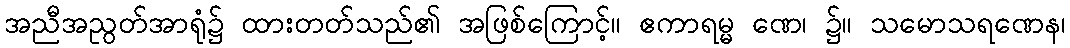
အညီအညွတ်အာရုံ၌ ထားတတ်သည်၏ အဖြစ်ကြောင့်။ ဧကာရမ္မ ဏေ၊ ၌။ သမောသရဏေန၊